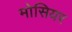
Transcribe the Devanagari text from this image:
मोसियर